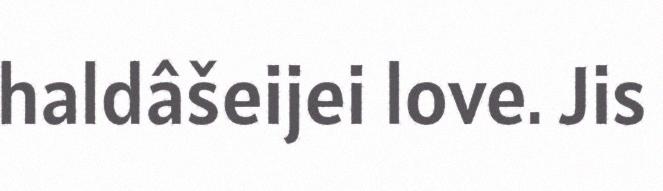
haldâšeijei love. Jis